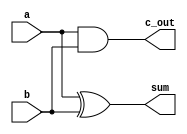
module Add_half (sum, c_out, a, b);

  input a, b;
  output c_out, sum;
  wire sum, c_out;
  wire a, b;
 
  xor (sum, a, b);
  and (c_out, a, b);
  
  initial begin
    $monitor("a = %b b = %b  sum = %b c_out = %b time.= %0t", a, b, sum, c_out, $time);
  end

endmodule